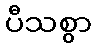
ပီသစွာ